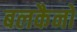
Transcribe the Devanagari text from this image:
बलकैनो